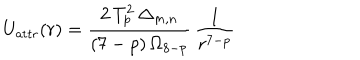
U _ { \mathrm { a t t r } } ( r ) = \frac { 2 \, T _ { p } ^ { 2 } \, \Delta _ { m , n } } { ( 7 - p ) \, \Omega _ { 8 - p } } \, \frac { 1 } { r ^ { 7 - p } }